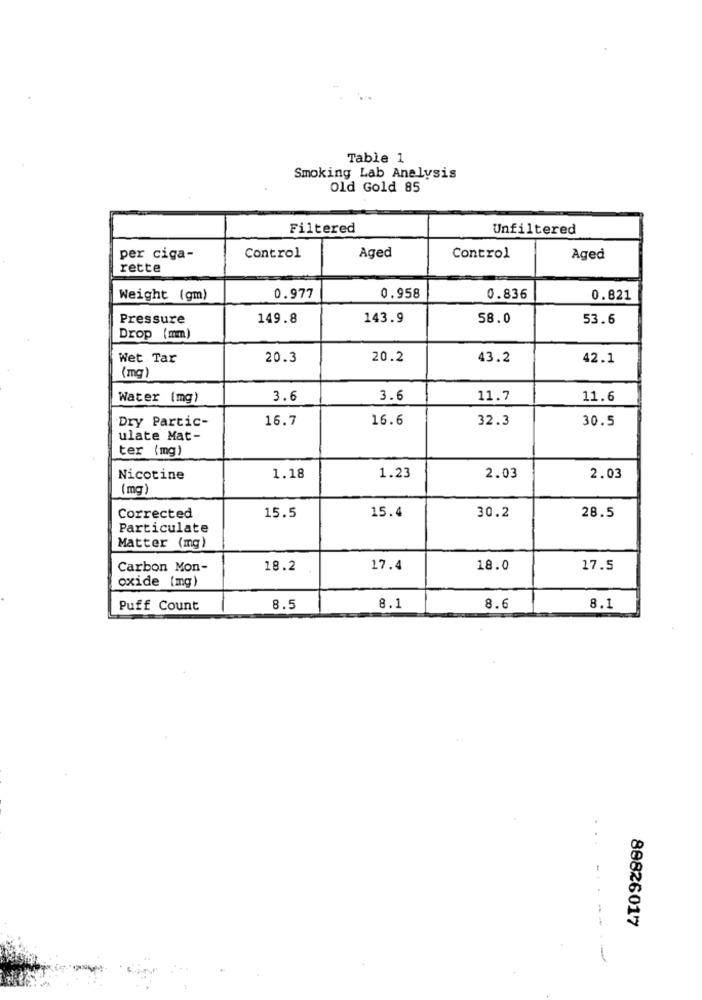
Table 1
Smoking Lab Analysis
Old Gold 85
Filtered
Unfiltered
Aged
per ciga-
Control
Control
Aged
rette
Weight (gm)
0.977
0.958
0.836
0.821
Pressure
149.8
143.9
58.0
53.6
Drop (mm)
Wet Tar
20.3
20.2
43.2
42.1
(mg)
Water (mg)
3.6
3.6
11.7
11.6
Dry Partic-
16.7
16.6
32.3
30.5
ulate Mat-
ter (mg)
Nicotine
1.18
1.23
2.03
2.03
(mg)
Corrected
15.4
30.2
28.5
15.5
Particulate
Matter (mg)
Carbon Mon-
18.2
17.4
18.0
17.5
oxide (mg)
8.1
Puff Count
8.5
8.1
8.6
88826017